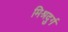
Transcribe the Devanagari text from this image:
मिश्रदुर्ग